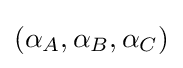
(\alpha _{A},\alpha _{B},\alpha _{C})